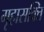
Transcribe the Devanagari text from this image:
गृहासक्ति